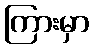
ကြားမှာ